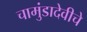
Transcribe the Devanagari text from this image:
चामुंडादेवीचे